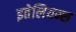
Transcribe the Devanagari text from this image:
इतेलियन्स